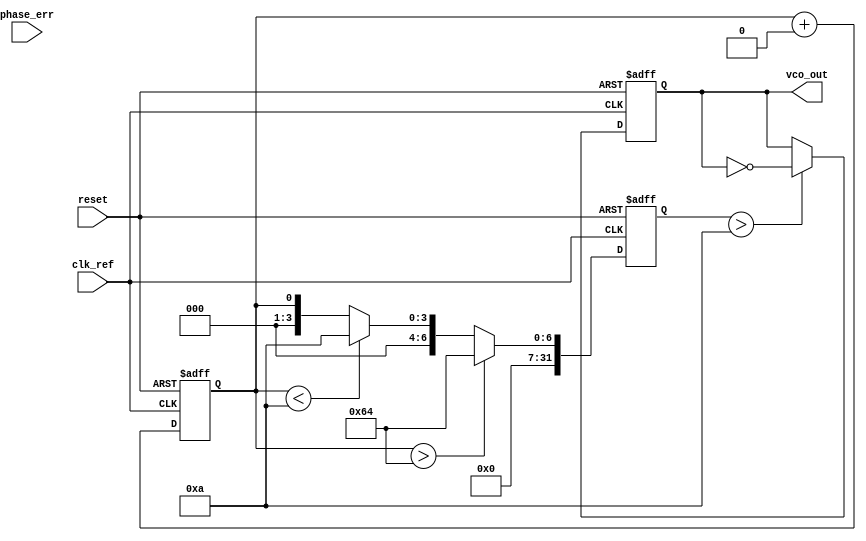
module sigma_delta_pll (
    input wire clk_ref,         // Reference clock input
    input wire reset,           // Asynchronous reset
    input wire [31:0] phase_err, // Phase error signal (from phase detector)
    output reg vco_out          // VCO output
);

    // Parameters for Sigma-Delta Modulator
    parameter ORDER = 1;         // Order of the modulator
    parameter VCO_MAX_FREQ = 100; // Maximum frequency of VCO
    parameter VCO_MIN_FREQ = 10;  // Minimum frequency of VCO

    // Sigma-Delta Modulator Internal Signals
    reg signed [31:0] integrator;
    reg [1:0] quantizer;
    reg vco_control;             // Control signal for VCO

    // Loop Filter Parameters
    parameter FILTER_GAIN = 2;   // Gain of loop filter

    // VCO Internal Variable
    reg [31:0] vco_frequency;

    // Sigma-Delta Modulator
    always @(posedge clk_ref or posedge reset) begin
        if (reset) begin
            integrator <= 0;
            quantizer <= 0;
        end else begin
            // Integrator
            integrator <= integrator + phase_err;

            // Quantizer (1-bit output)
            if (integrator >= 0) begin
                quantizer <= 2'b01; // Output high
            end else begin
                quantizer <= 2'b00; // Output low
            end
        end
    end

    // Loop Filter
    always @(posedge clk_ref or posedge reset) begin
        if (reset) begin
            vco_control <= 0;
        end else begin
            // Simple loop filter (proportional control)
            vco_control <= vco_control + (quantizer == 2'b01 ? FILTER_GAIN : 0);
        end
    end

    // VCO
    always @(posedge clk_ref or posedge reset) begin
        if (reset) begin
            vco_frequency <= VCO_MIN_FREQ;
            vco_out <= 0;
        end else begin
            // Control the frequency of the VCO
            if (vco_control > VCO_MAX_FREQ) begin
                vco_frequency <= VCO_MAX_FREQ;
            end else if (vco_control < VCO_MIN_FREQ) begin
                vco_frequency <= VCO_MIN_FREQ;
            end else begin
                vco_frequency <= vco_control;
            end
            
            // Generate VCO output (simple toggle for demonstration)
            if (vco_frequency > VCO_MIN_FREQ) begin
                vco_out <= ~vco_out; // Toggle output based on frequency
            end
        end
    end

endmodule